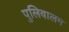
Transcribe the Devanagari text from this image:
पुलिवालम